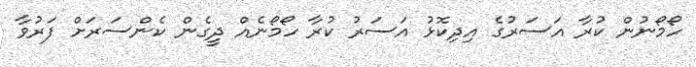
ހޯމޯނުން ކުރާ އަސަރުގެ އިދިކޮޅު އަސަރު ކުރާ ހޯމޯނެއް ދީގެން ކެންސަރަށް ފަރުވާ